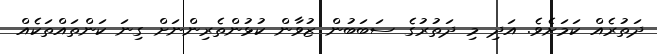
ދަތުރެއް ކަމަށެވެ. އަދި މި ދަތުރުގެ ސަބަބުން ޒުވާން ކުޅުންތެރިންނަށް ގިނަ ކަންތައްތަކެއް